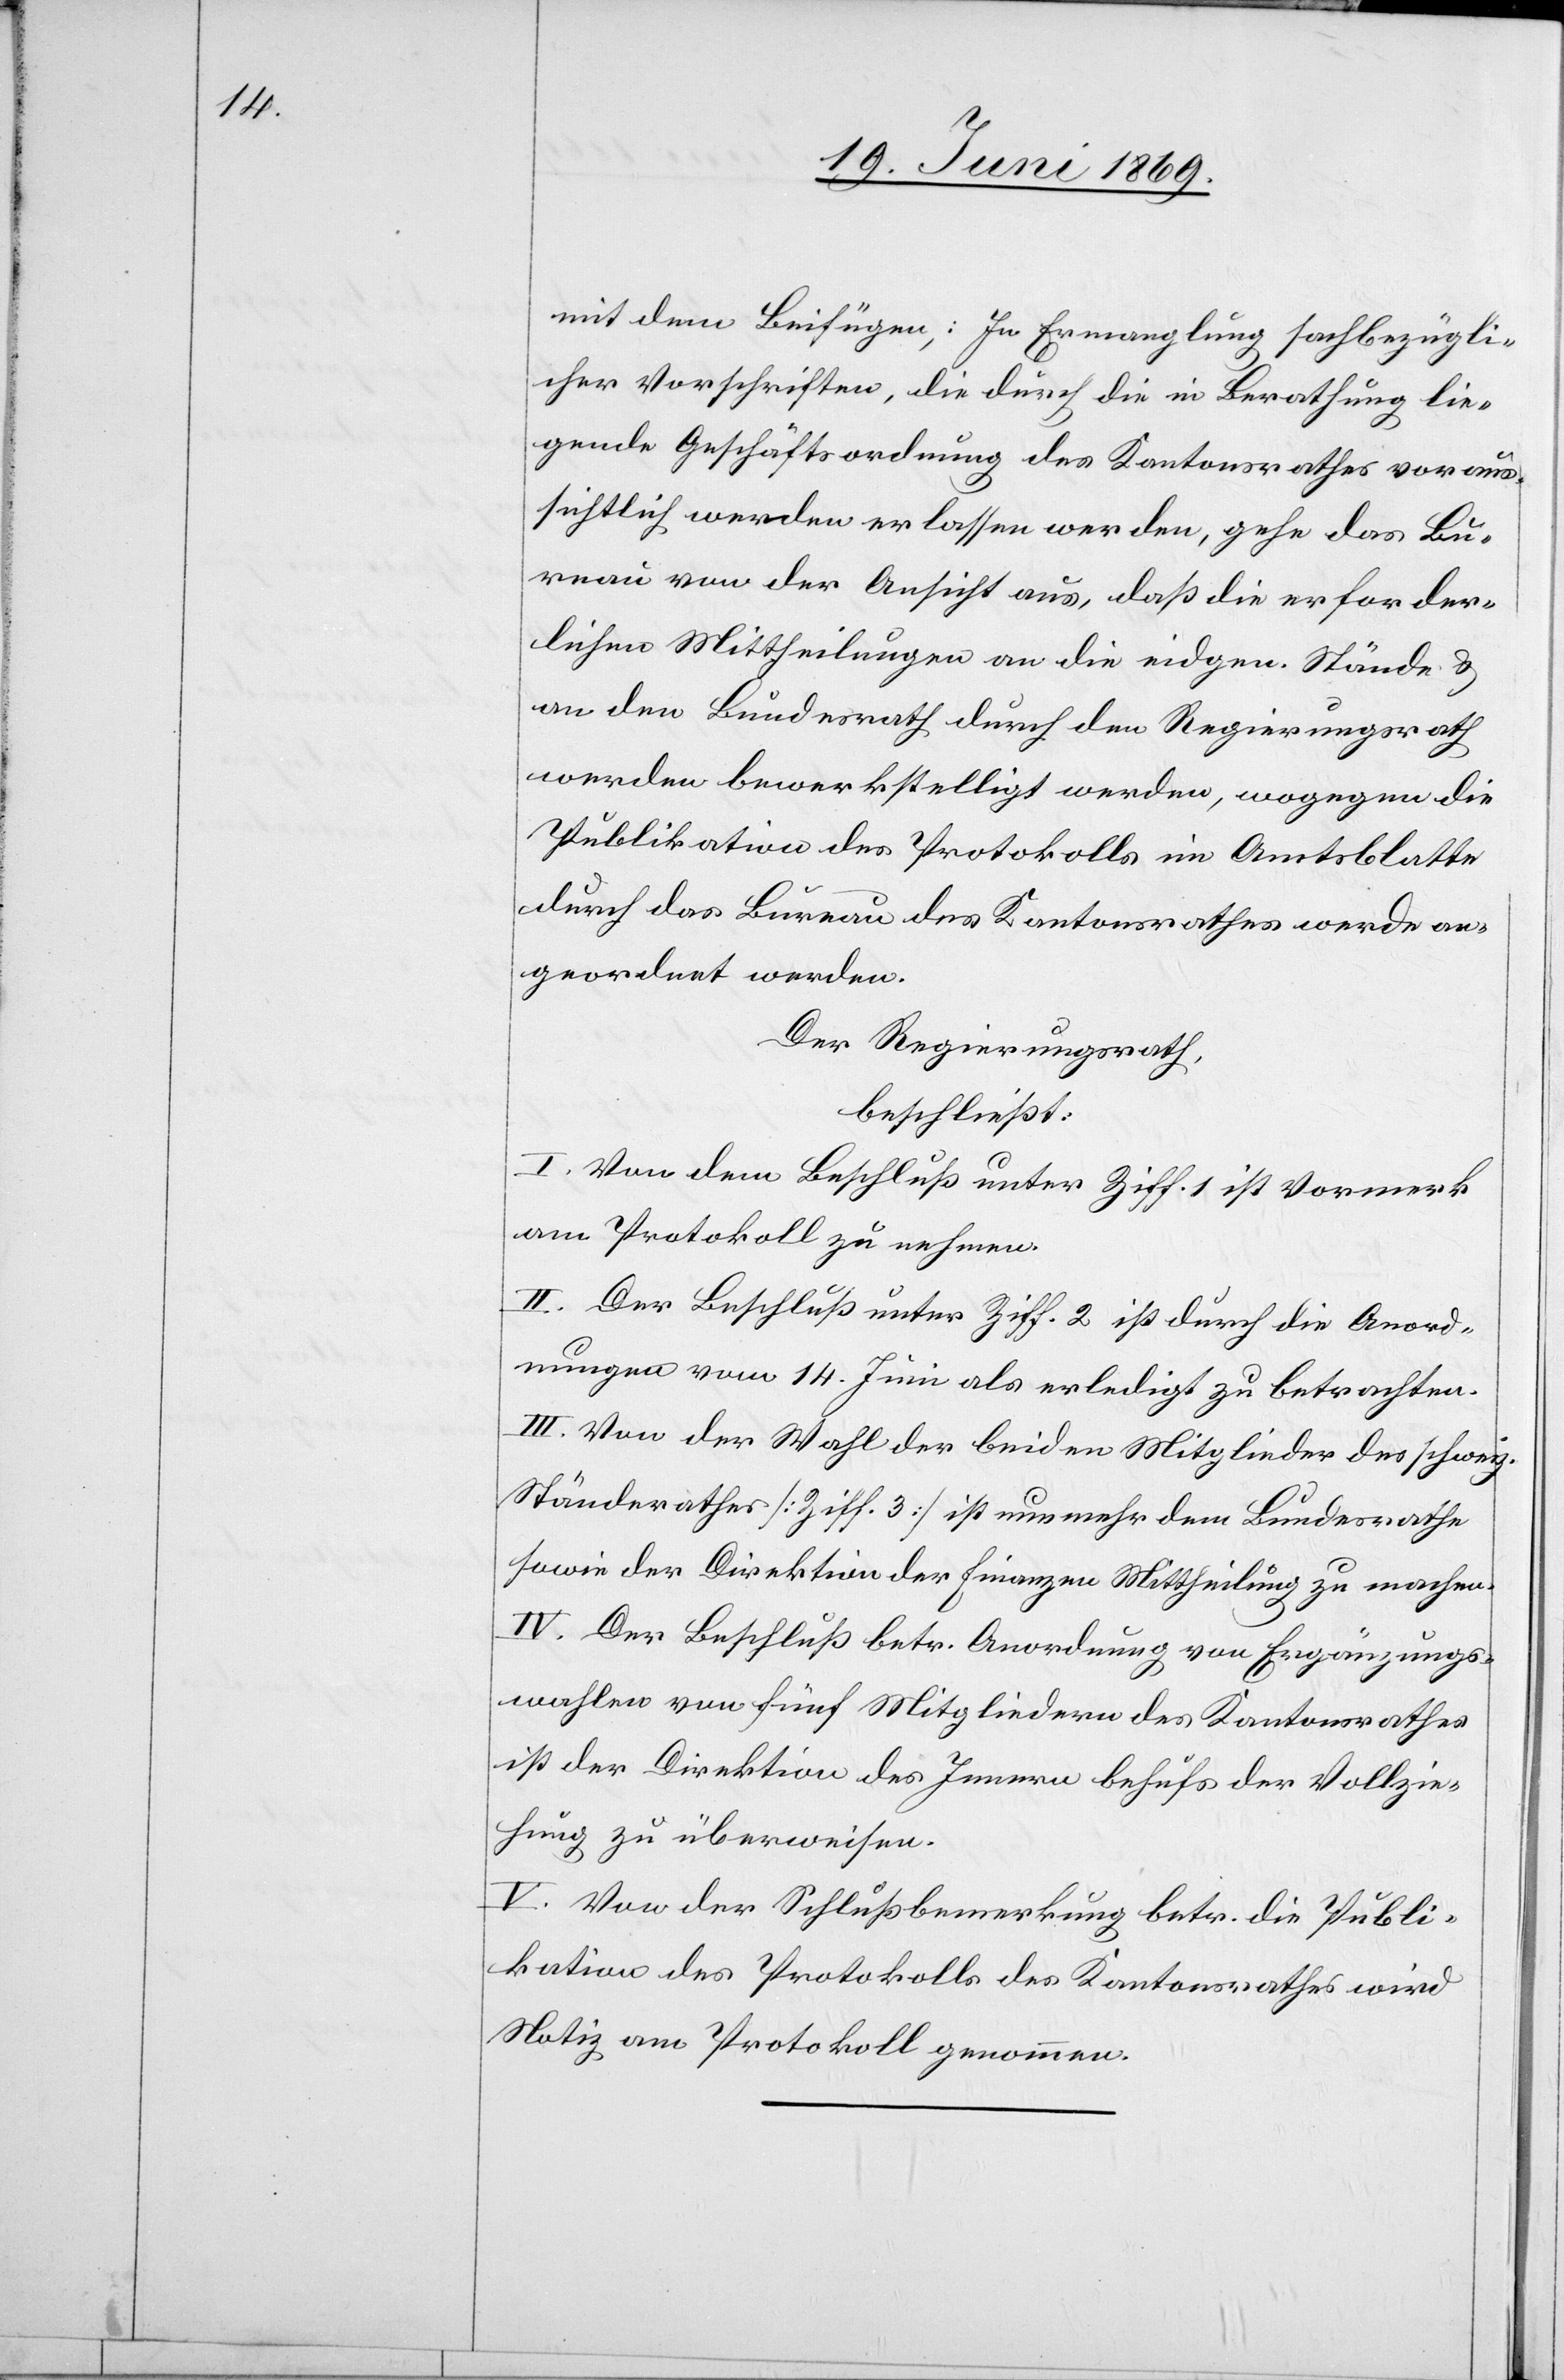
mit dem Beifügen,: In Ermangelung sachbezügli¬
cher Vorschriften, die durch die Berathung lie¬
gende Geschäftsordnung des Kantonsrathes voraus¬
sichtlich werden erlassen werden, gehe das Bu¬
reau von der Ansicht aus, daß die erforder¬
lichen Mittheilungen an die eidgen. Stände u.
an den Bundesrath durch den Regierungsrath
werden bewerkstelligt werden, wogegen die
Publikation des Protokolls im Amtsblatte
durch das Bureau des Kantonsrathes werde an¬
geordnet werden.
Der Regierungsrath,
beschließt:
I. Von dem Beschluß unter Ziff. 1 ist Vormerk
am Protokoll zu nehmen.
II. Der Beschluß unter Ziff. 2 ist durch die Anord¬
nungen vom 14. Juni als erledigt zu betrachten.
III. Von der Wahl der beiden Mitglieder des schweiz.
Ständerathes [Ziff. 3] ist nunmehr dem Bundesrathe
sowie der Direktion der Finanzen Mittheilung zu machen.
IV. Der Beschluß betr. Anordnung von Ergänzungs¬
wahlen von fünf Mitgliedern des Kantonsrathes
ist der Direktion des Innern behufs der Vollzie¬
hung zu überweisen.
V. Von der Schlußbemerkung betr. die Publi¬
kation des Protokolls des Kantonsrathes wird
Notiz am Protokoll genommen.